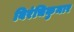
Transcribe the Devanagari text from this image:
बिरंचिकुमार